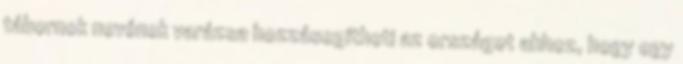
tábornok nevének varázsa hozzásegítheti az országot ahhoz, hogy egy